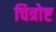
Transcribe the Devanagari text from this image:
चित्रोष्ट